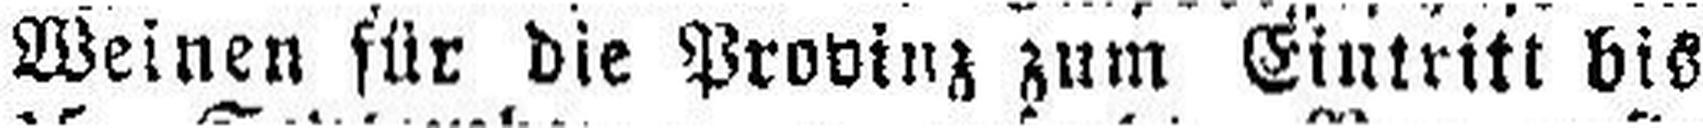
Weinen für die Provinz zum Eintritt bis